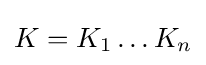
K=K_{1}\dots K_{n}